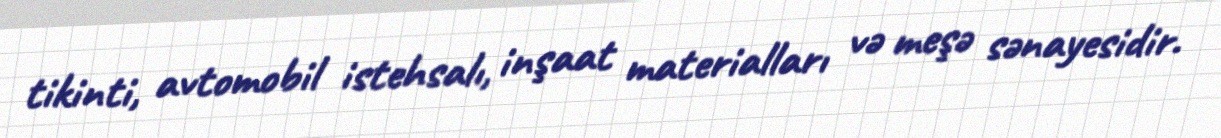
tikinti, avtomobil istehsalı, inşaat materialları və meşə sənayesidir.